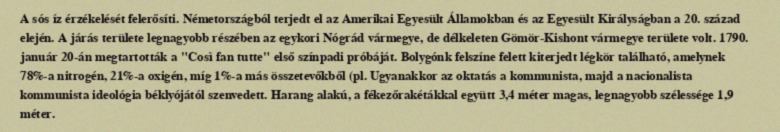
A sós íz érzékelését felerősíti. Németországból terjedt el az Amerikai Egyesült Államokban és az Egyesült Királyságban a 20. század elején. A járás területe legnagyobb részében az egykori Nógrád vármegye, de délkeleten Gömör-Kishont vármegye területe volt. 1790. január 20-án megtartották a "Così fan tutte" első színpadi próbáját. Bolygónk felszíne felett kiterjedt légkör található, amelynek 78%-a nitrogén, 21%-a oxigén, míg 1%-a más összetevőkből (pl. Ugyanakkor az oktatás a kommunista, majd a nacionalista kommunista ideológia béklyójától szenvedett. Harang alakú, a fékezőrakétákkal együtt 3,4 méter magas, legnagyobb szélessége 1,9 méter.